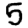
Digit: 5